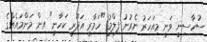
ސުހާސިނީ ވަނީ މިއަހަރު ނެރުނު ފިލްމު "ހަމާރީ އަދޫރީ ކަހާނީ" އިން މަންމައެއްގެ